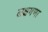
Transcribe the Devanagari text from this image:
लक्षमणा